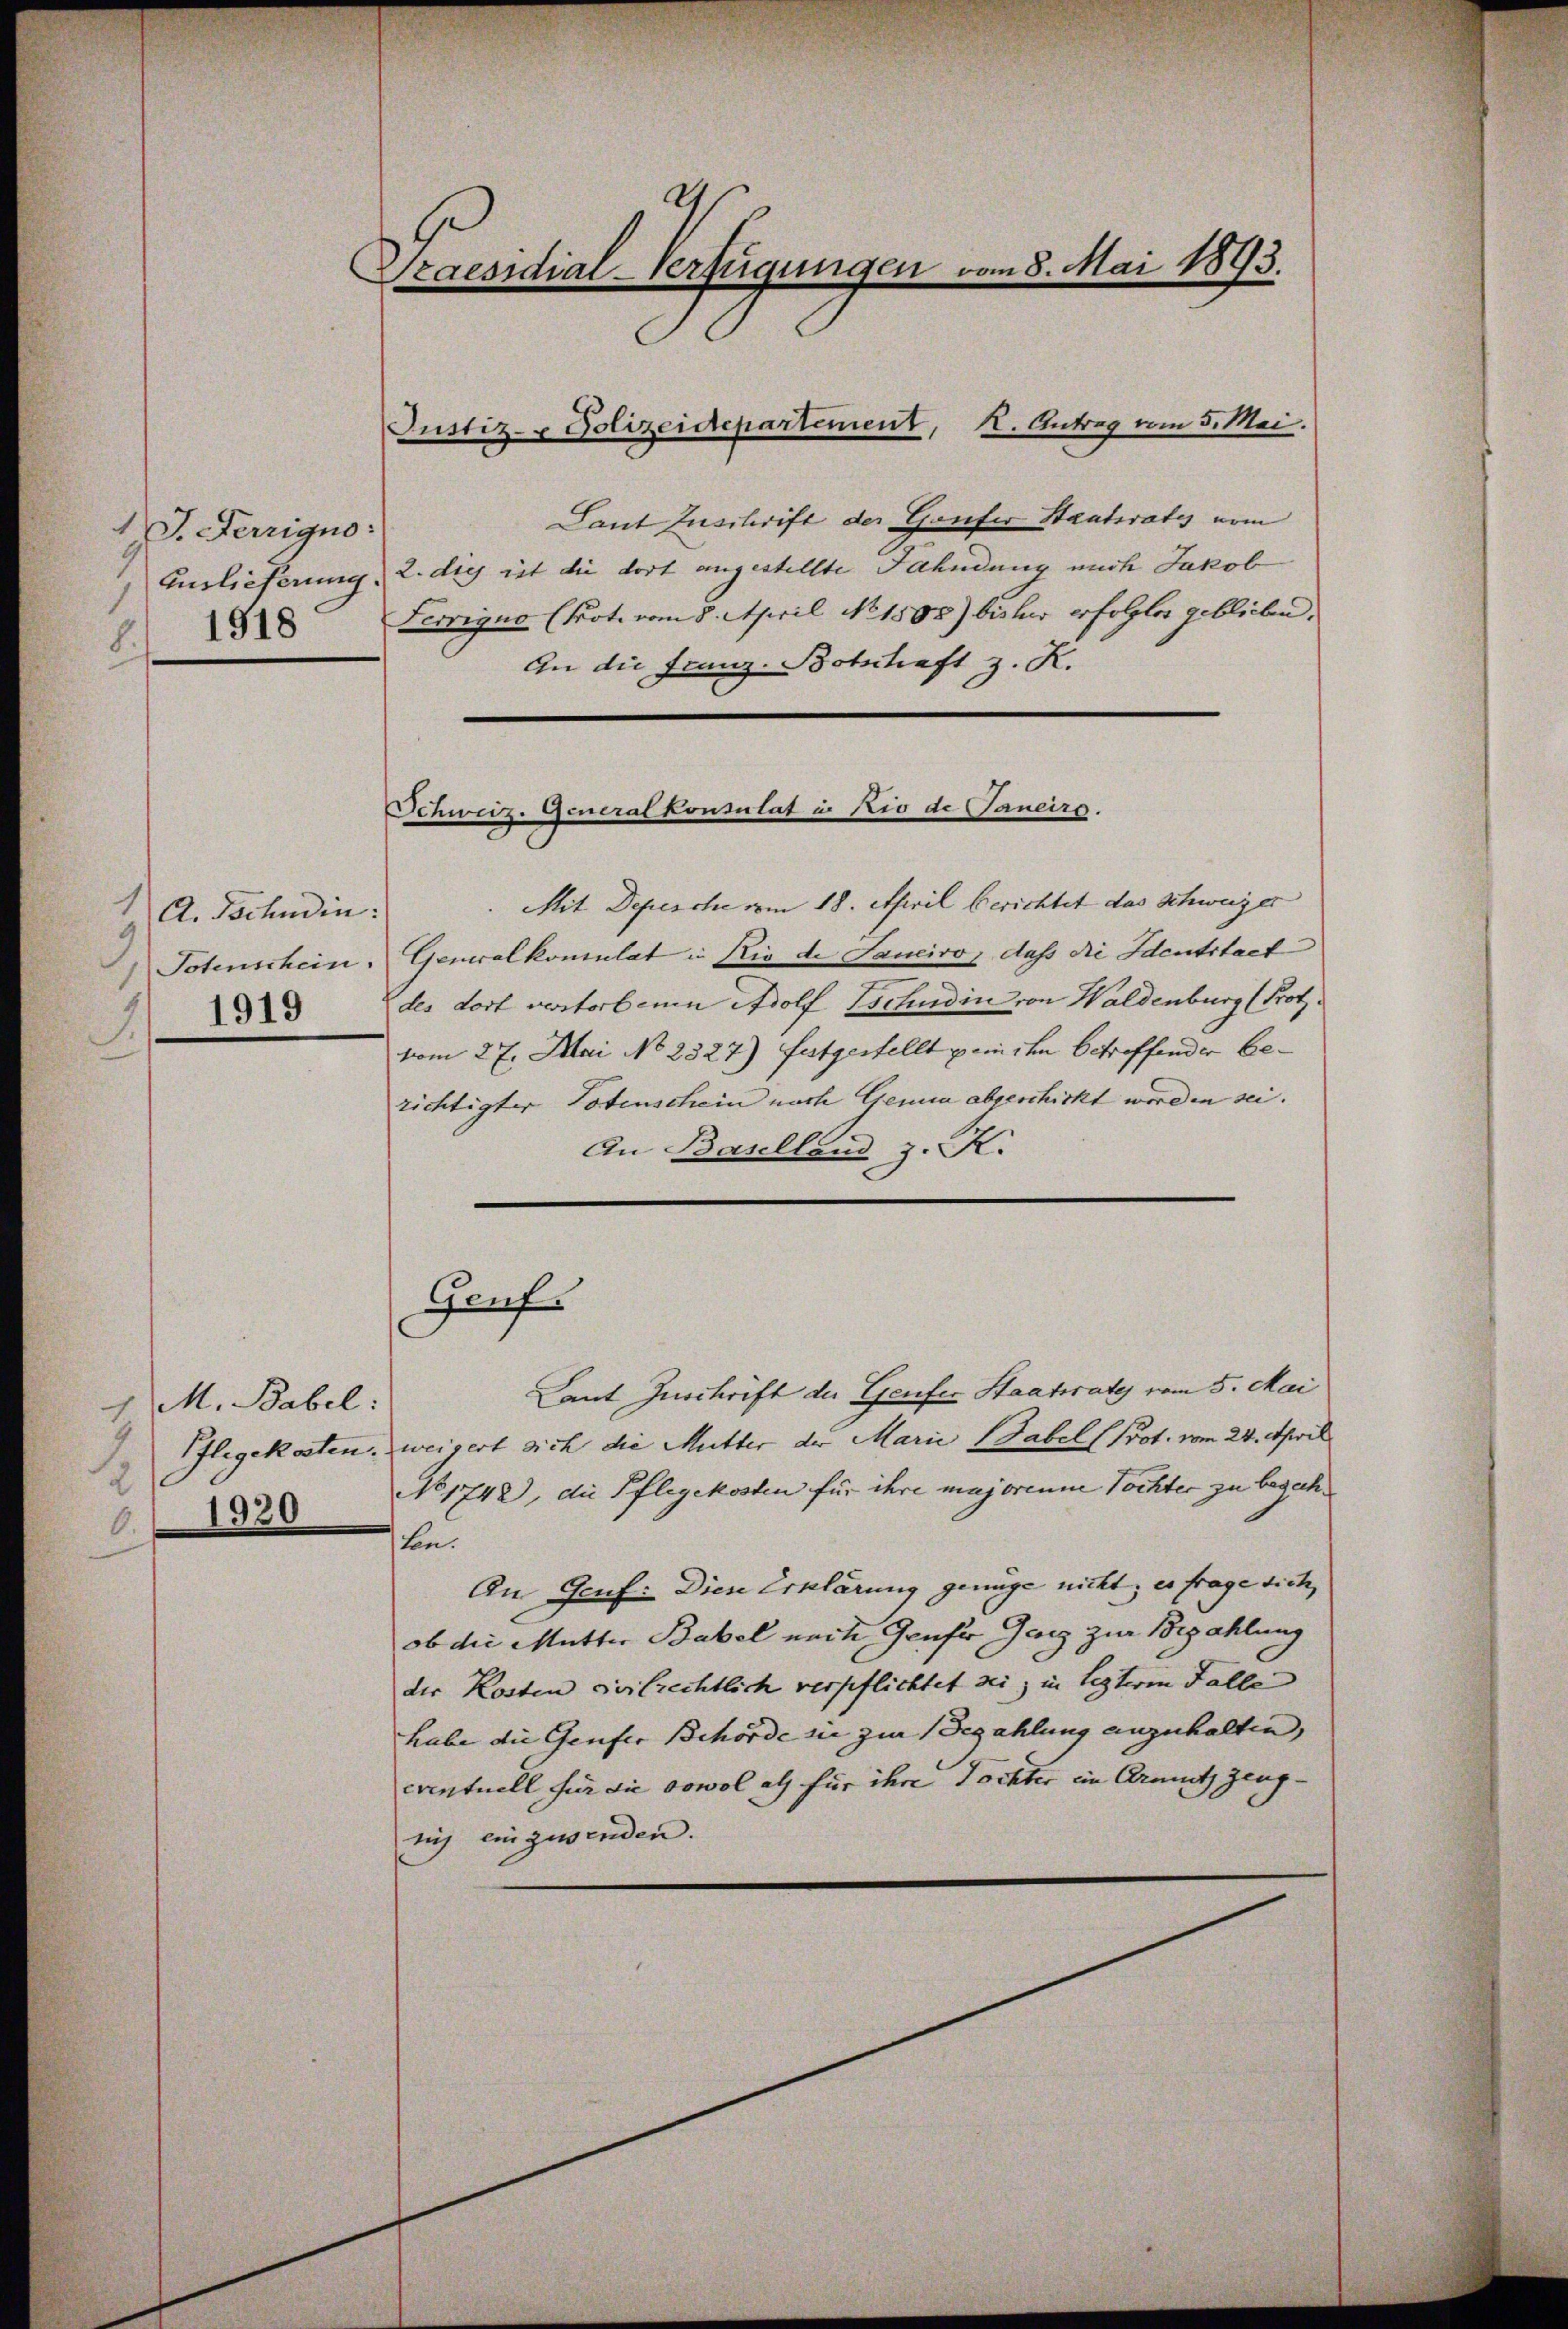
1 J. Ferrigno:
Auslieferung.
1918
8.

A. Tschudin:
9
Totenschein.
1919
3

1 M. Babel:
2
1920
6.

Praesidial-Verfügungen vom 8. Mai 1893.

Justiz- & Polizeidepartement, K. Antrag vom 5. Mai.

Schweiz. Generalkonsulat in Rio de aneiro.

Laut Zuschrift der Gaufer Staatsrates vom
2. dies ist die dort angestellte Fahndung nach Jakob
Lecrigua (Prot. vom 8. April No 1803) bisher erfolgter geblieben.
An die Franz-Botschaft z. R.
Mit Depesche vom 18. April berichtet das Schweizer
Generalkonsulat in Rio de Sancivo, dass die Identstact
des dort verstorbenen Adolf Tschudin von Waldenburg (Prot.
vom 27. Mai No 2327) festgestellt sein ihm betreffender berichtigter Totenschein noch Genua abgeschickt worden sei.
An Baselland z. K.
Genf.
Laut Zuschrift der Genfer Staatsrates vom 5. Mai
Ilegekosten, weigert sich die Mutter der Marie Gabel (Prot. vom 24. April
No 1742), die Pflegekosten für ihre majorenne Tochter zu begehkon.
An Genf. Diese Erklärung genüge nicht; es frage dich,
ob die Mutter Babel nach Genfer Geiz zur Bezahlung
der Kosten civilrechtlich verpflichtet sei, in lezteren Falle
habe die Genfer Behörde sie zur Bezahlung anzuhalten, |
eventuell für die sowol als für ihre Tochter im Armuth zeugg einzuwenden.